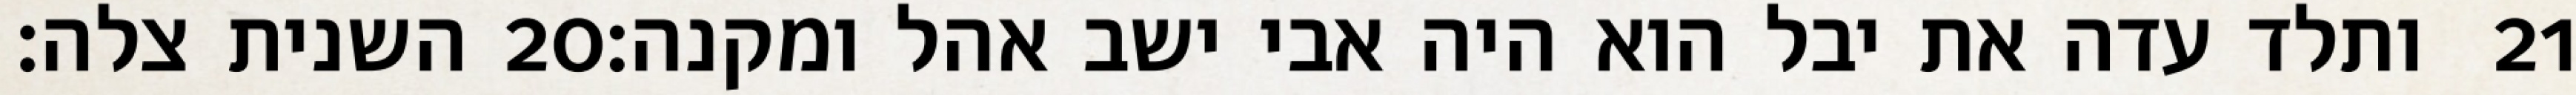
השנית צלה׃ ‎20‏ ותלד עדה את יבל הוא היה אבי ישב אהל ומקנה׃ ‎21‏